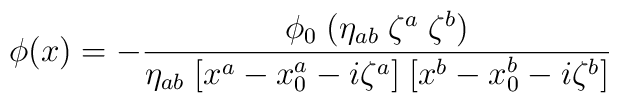
\phi(x) = - {\phi_0 \; (\eta_{ab} \; \zeta^a \; \zeta^b)\over\eta_{ab} \;[x^a-x_0^a-i\zeta^a] \; [x^b-x_0^b-i \zeta^b]}